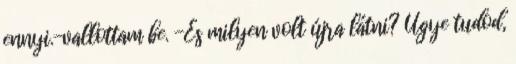
ennyi.-vallottam be. -És milyen volt újra látni? Ugye tudod,